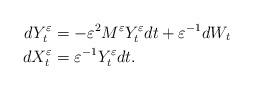
LaTeX: \begin{align*}dY^\varepsilon_t &= -\varepsilon^2 M^\varepsilon Y^\varepsilon_t dt + \varepsilon^{-1}dW_t \\dX^\varepsilon_t &= \varepsilon^{-1}Y^\varepsilon_t dt.\end{align*}